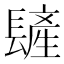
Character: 𨲨